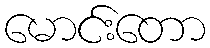
မောင်းတော